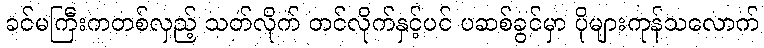
ခင်မကြီးကတစ်လှည့် သတ်လိုက် တင်လိုက်နှင့်ပင် ပဆစ်ခွင်မှာ ပိုများကုန်သလောက်